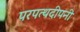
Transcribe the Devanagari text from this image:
परपत्थदीपनी